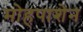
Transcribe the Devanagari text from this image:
मोहपाशेन